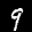
Label: 9